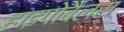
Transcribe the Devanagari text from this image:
हाइपोबैलस